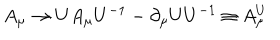
LaTeX: A _ { \mu } \rightarrow U A _ { \mu } U ^ { - 1 } - \partial _ { \mu } U U ^ { - 1 } \equiv A _ { \mu } ^ { U }